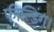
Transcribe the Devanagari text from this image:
फील्डिंग।